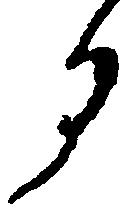
る